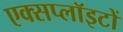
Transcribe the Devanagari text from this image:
एक्सप्लॉइटों